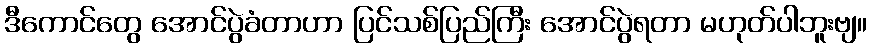
ဒီကောင်တွေ အောင်ပွဲခံတာဟာ ပြင်သစ်ပြည်ကြီး အောင်ပွဲရတာ မဟုတ်ပါဘူးဗျ။